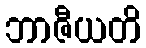
ဘာဇီယတိ